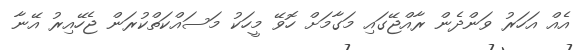
އެއް އަހަރު ވަންދެން ރާއްޖޭގައި މަގާމަށް ހޮވޭ މީހަކު މަސައްކަތްކުރަން ޖެހޭއިރު އޭނާ